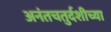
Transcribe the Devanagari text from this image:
अनंतचतुर्दशीच्या